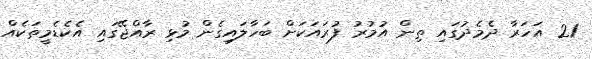
21 އަހަރާ ދެމެދުގައި ތިން އުމުރު ފުރައަކަށް ބަހާލައިގެން މުޅި ރާއްޖޭގައި އެކެޑެމީތަކެއް